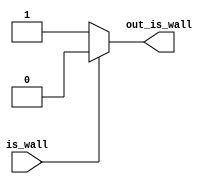
`timescale 1ns / 1ps

module bi_chang(is_wall, out_is_wall);
    input is_wall;
    output out_is_wall;
    
    //when close to the wall, is_wall=0
    //https://www.playrobot.com/infrared/1039-infrared-sensor.html
    
    assign out_is_wall = (!is_wall)? 1 : 0;
    //assign led = 1;
endmodule